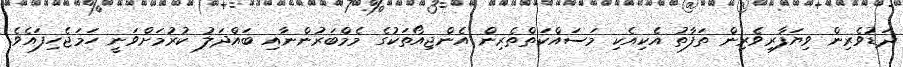
ދަޑުވެރިން ވިޔަފާރިވެރިން ތަފާތު އެކިއެކި މަސައްކަތްތެރިން އެންޖިއޯތަކުގެ މެމްބަރުންނާއި ބައްދަލު ކުރުމަށްވަނީ ހަމަޖެހިފައެވެ.